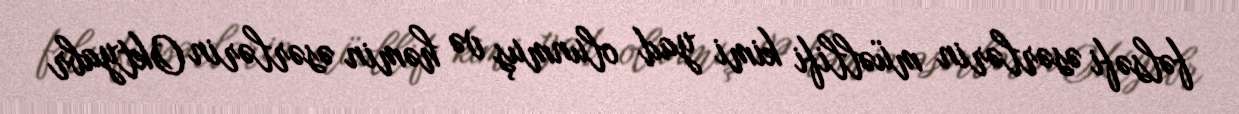
fəlsəfi əsərlərin müəllifi kimi yad olunmuş və həmin əsərlərin Oktyabr